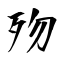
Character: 歾